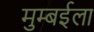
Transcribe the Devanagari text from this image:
मुम्बईला